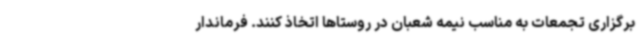
برگزاری تجمعات به مناسب نیمه شعبان در روستاها اتخاذ کنند. فرماندار